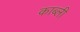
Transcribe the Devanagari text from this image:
काब्ली